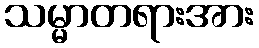
သမ္မာတရားအား